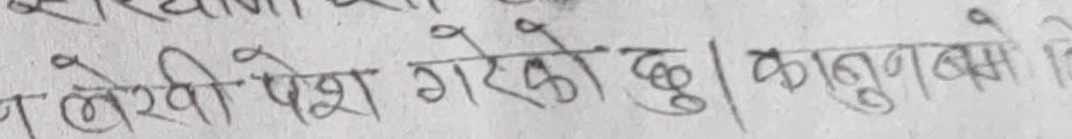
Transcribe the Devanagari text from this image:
न लेखी पेश गरेको छु। कानुनबमोजिम